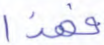
فهذا